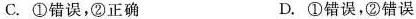
C. ①错误，②正确 D. ①错误，②错误